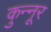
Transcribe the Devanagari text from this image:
कुन्नूर